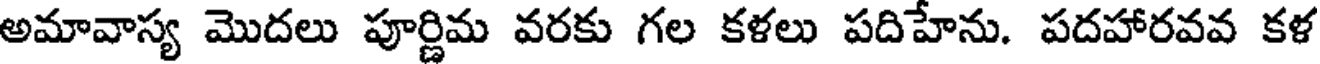
అమావాస్య మొదలు పూర్ణిమ వరకు గల కళలు పదిహేను. పదహారవవ కళ